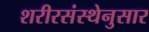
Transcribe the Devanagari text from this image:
शरीरसंस्थेनुसार